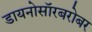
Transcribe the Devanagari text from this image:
डायनोसॉरबरोबर